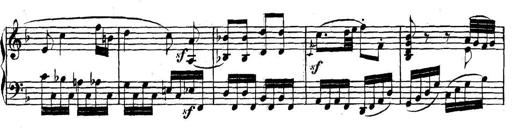
Title: Collected Piano Sonatas
Composer: Muzio Clementi